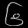
Digit: ၆